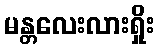
မန္တလေးလားရှိုး